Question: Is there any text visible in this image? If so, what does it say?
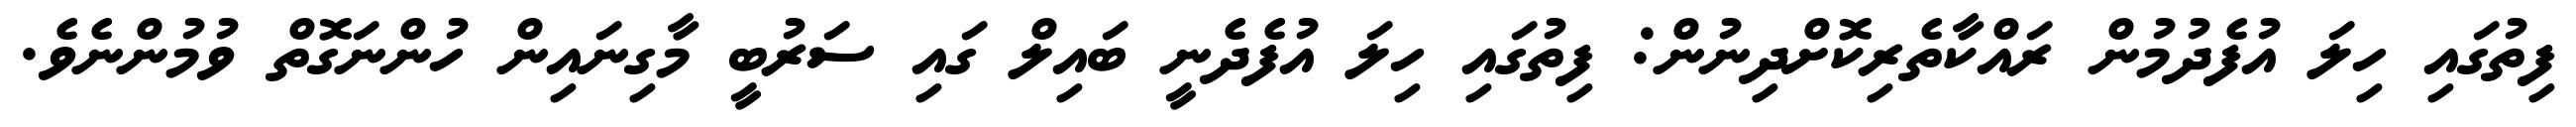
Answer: ފިތުގައި ހިލަ އުފެދުމުން ރައްކާތެރިކޮށްދިނުން: ފިތުގައި ހިލަ އުފެދެނީ ބައިލް ގައި ސަރުބީ މާގިނައިން ހުންނަގޮތް ވުމުންނެވެ.